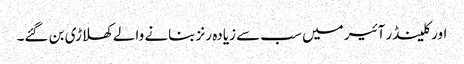
اور کلینڈر آئیر میں سب سے زیادہ رنز بنانے والے کھلاڑی بن گئے۔